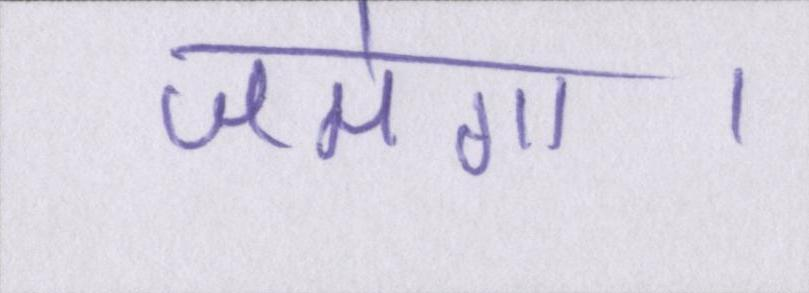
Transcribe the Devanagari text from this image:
जमेगा।